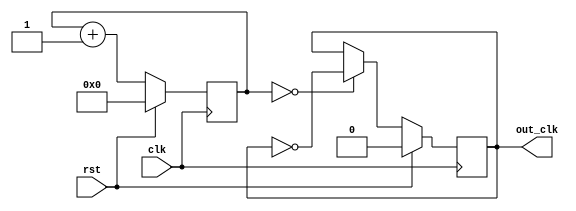
`timescale 1ns / 1ps
//////////////////////////////////////////////////////////////////////////////////
// Company: 
// Engineer: 
// 
// Design Name: 
// Module Name: change_clk
// Project Name: 
// Target Devices: 
// Tool Versions: 
// Description: 
// 
// Dependencies: 
// 
// Revision:
// Revision 0.01 - File Created
// Additional Comments:
// 
//////////////////////////////////////////////////////////////////////////////////


module change_clk(
    input wire clk,
    input wire rst,
    output wire out_clk
    );
    
    reg [5:0] counter;
    reg out_c;
    assign out_clk=out_c;
    
    always @(posedge clk)begin
        if(rst)begin
            out_c<=0;
            counter<=0;
        end
        else begin
            if(counter==0)begin
                out_c <= ~out_c;
            end
                counter <= counter+1;
        end
    end
    
endmodule